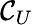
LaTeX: \mathcal{C}_{U}